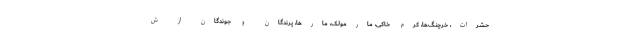
حشرات، خرچنگ‌ها، کرم خاکی، مارمولک، مارها، پرندگان و جوندگان از ش